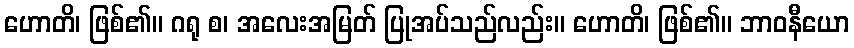
ဟောတိ၊ ဖြစ်၏။ ဂရု စ၊ အလေးအမြတ် ပြုအပ်သည်လည်း။ ဟောတိ၊ ဖြစ်၏။ ဘာဝနီယော